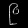
Digit: ၉